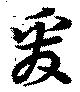
爰